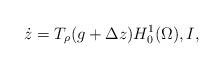
LaTeX: \begin{align*}\dot z=T_\rho(g + \Delta z) H_0^1(\Omega), I,\end{align*}